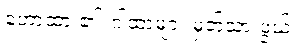
ဟောထား၏၊ ဂါထာများ မှတ်သားဖွယ်။